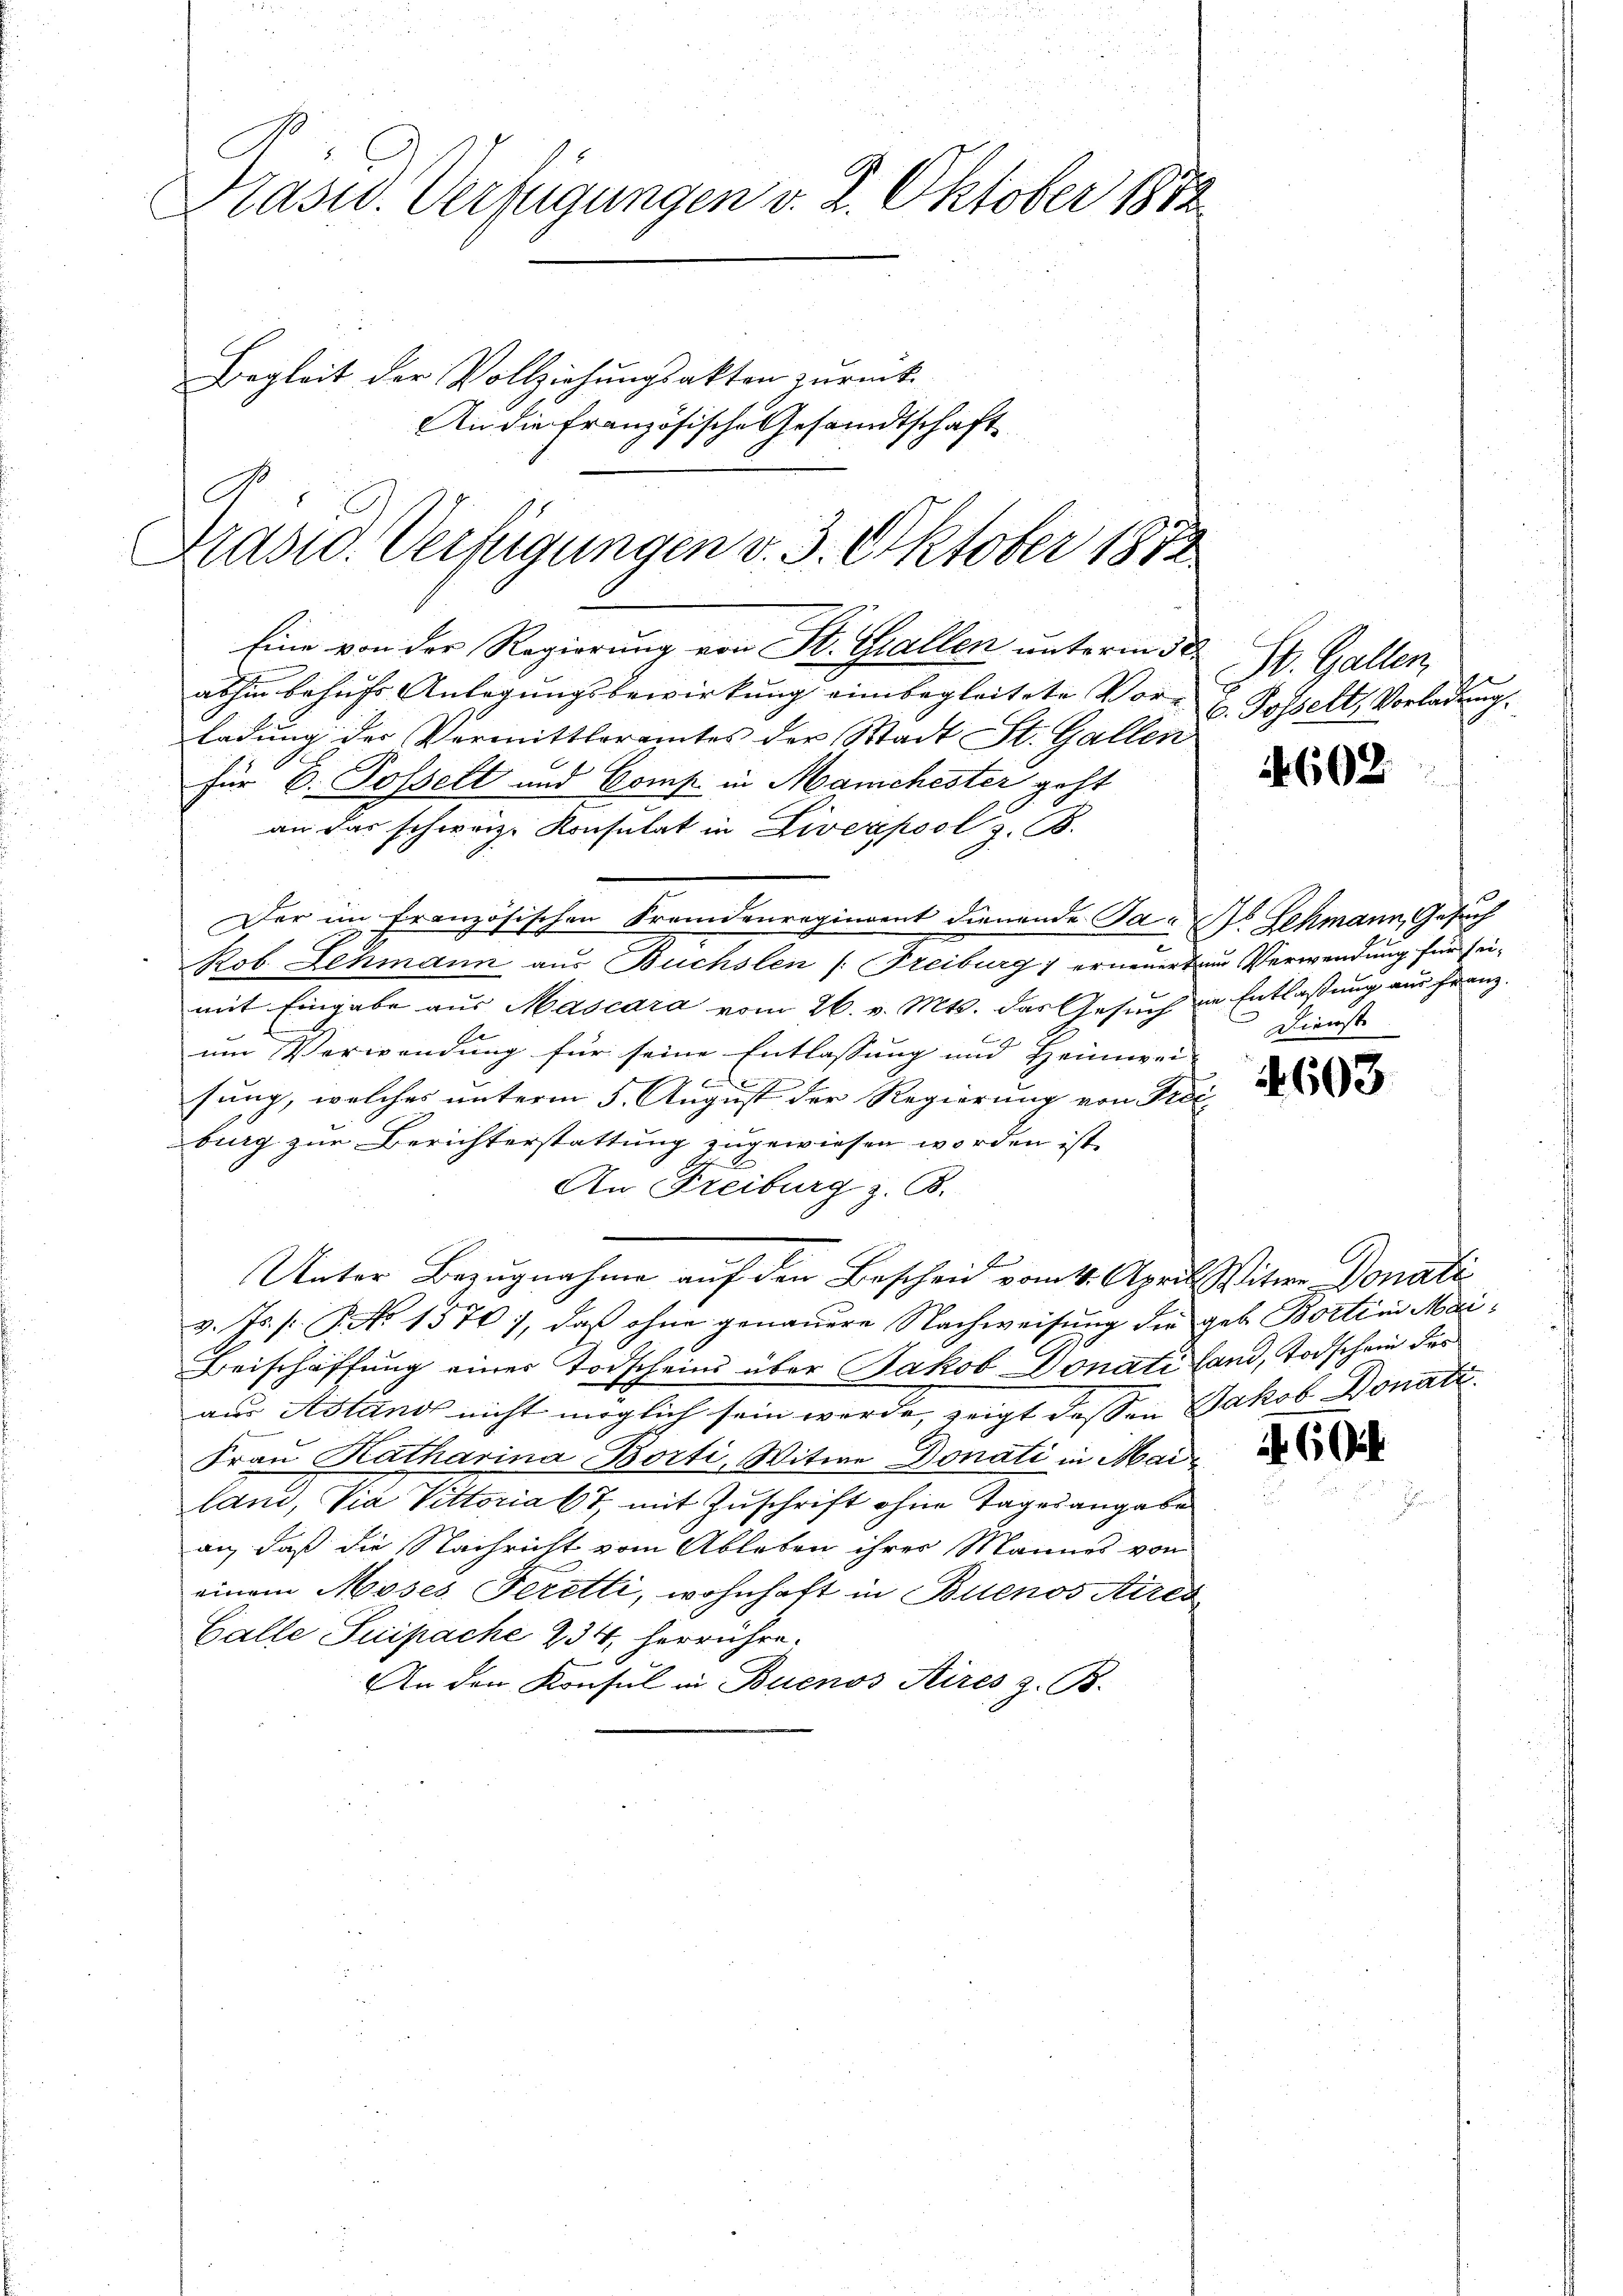
Prasid. Verfügungen v. 2. Oktober 1872
Begleit der Vollziehungsakten zurück-
An die Französische Gesandtschaft

C
Drasid. Verfügungen v. 3. Oktober 1872
Eine von der Regierung von St. Gallen unterm 30.

abhin behufs Anlagungsbewirkung einbegleitete Vor- u Posselt, Vorladung.
ladung der Vermittleramtes der Stadt St. Gallen
für 6. Posselt und Comp. in Manchester geht
an das schweiz. Konsulat in Liverpool z. B.
Der im französischen Fremdenregiment dienende Ta- Lehmann, Gesuch
Rob. Lehmann aus Buchslen (Freiburg) erneuert und Verwendung für sei-
mit Ein be aus Mascara vom 26. v. Mts. das Gesuch in Entlassung aus Franz.
um Verwendung für seine Entlassung und Heimwei- |

sung, welches unterm 5. August der Regierung von Prei
burg zur Berichterstattung zugewiesen worden ist,

An Freiburg z. B.
Unter Bezugnahme auf den Bescheid vom 4. April Witwe Donati
v. Ts. f. P. No 1576, daß ohne genauere Nachweisung der geb. Borten Mai¬
Beischaffung einer Todscheins über Jakob Donati fand, Todschein des
aus Astand nicht möglich sein werde, zeigt dessen Jakob Donati
Frau Katharina Borti, Witwe Donati in Mailand, Via Vittoria 67, mit Zuschrift ohne Tagesangabe
an, daß die Nachricht vom Ableben ihrer Mannes von
einem Moses Feretti, wohnhaft in Buenos Aires
Galle Suipache 234, herrühre.
An den Konsul in Buenos Aires z. B.

St. Gallen

1602

Dienst

4603

66